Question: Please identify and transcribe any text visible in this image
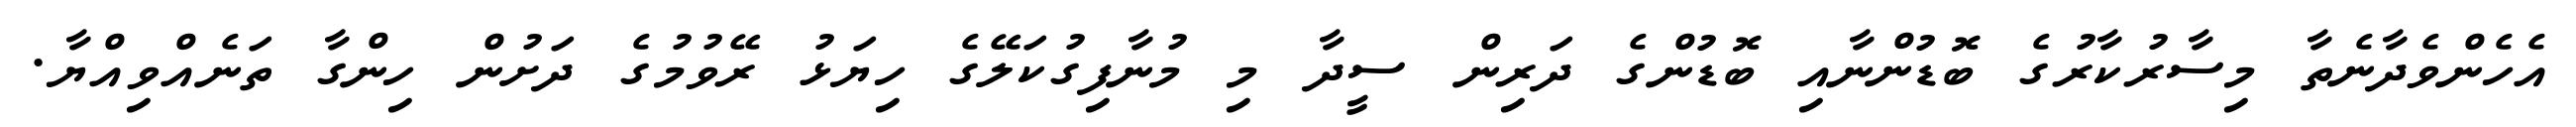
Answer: އެހެންވެދާނެތާ މިސާރުކާރުގެ ބޮޑުންނާއި ބޮޑުންގެ ދަރިން ސީދާ މި މުނާފިގުކަލޭގެ ހިޔަޅު ރޭވުމުގެ ދަށުން ހިންގާ ތަނެއްވިއްޔާ.